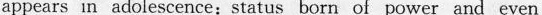
appears in adolescence:status born of power and even